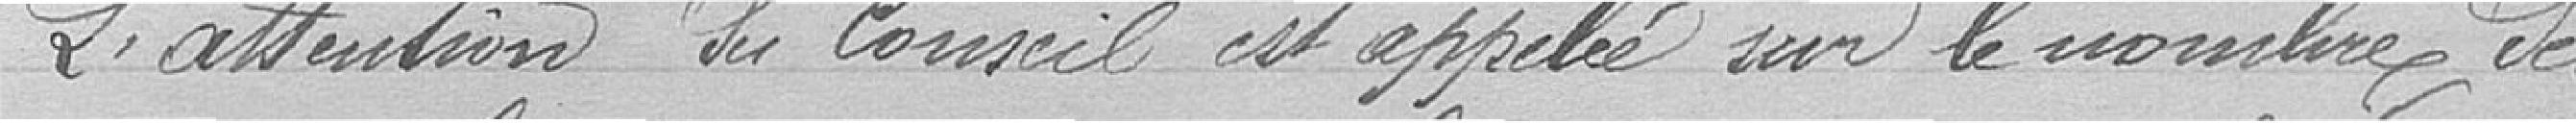
L'attention du Conseil est appelé sur le nombre des